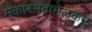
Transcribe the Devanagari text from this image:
मकारमहामेलकम्